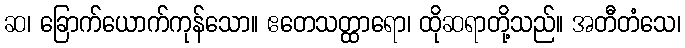
ဆ၊ ခြောက်ယောက်ကုန်သော။ ဧတေသတ္ထာရော၊ ထိုဆရာတို့သည်။ အတီတံသေ၊